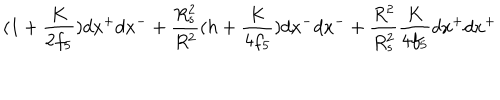
( 1 + \frac { K } { 2 f _ { 5 } } ) d x ^ { + } d x ^ { - } + \frac { R _ { s } ^ { 2 } } { R ^ { 2 } } ( h + \frac { K } { 4 f _ { 5 } } ) d x ^ { - } d x ^ { - } + \frac { R ^ { 2 } } { R _ { s } ^ { 2 } } \frac { K } { 4 f _ { 5 } } d x ^ { + } d x ^ { + }